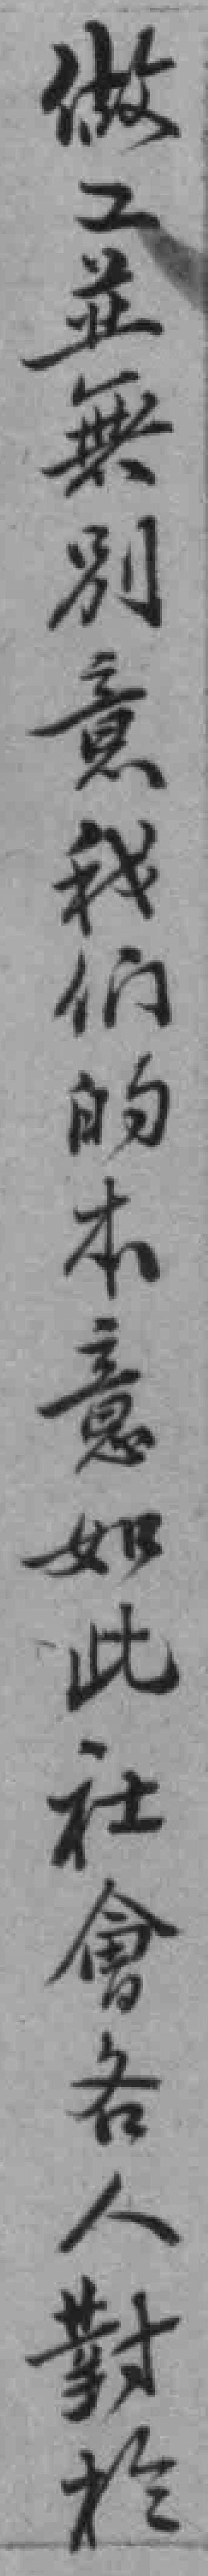
做工並無別意我们的本意如此社會各人對於